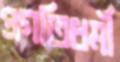
প্রগতিধর্মী